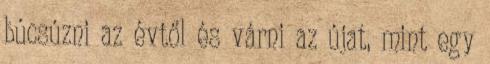
búcsúzni az évtől és várni az újat, mint egy